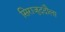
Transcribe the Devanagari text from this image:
सिराजुददौला